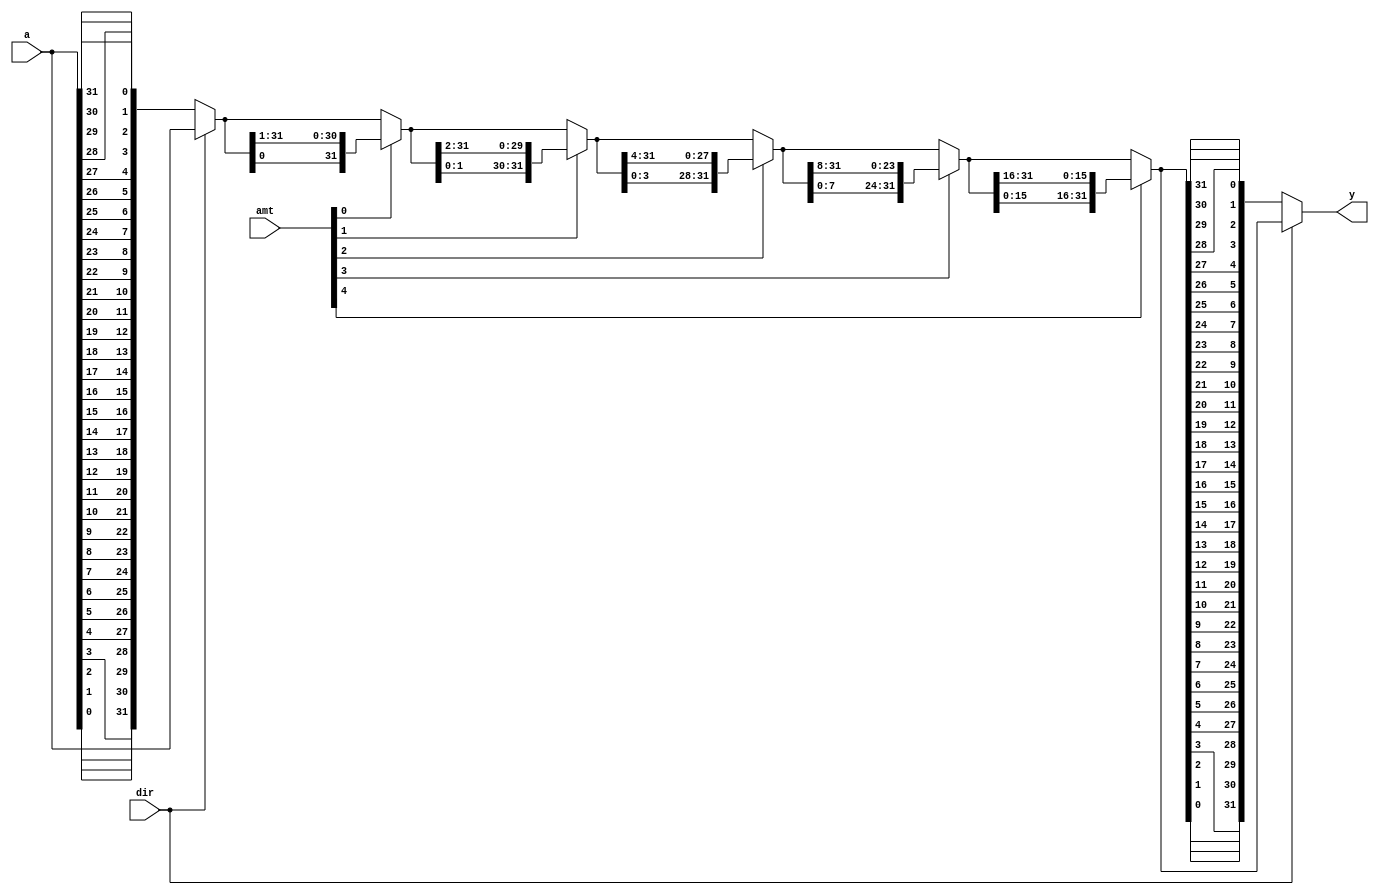
`timescale 1ns / 1ps
//////////////////////////////////////////////////////////////////////////////////
// Company: 
// Engineer: 
// 
// Design Name: 
// Module Name:    multifunction_barrel_shifter_32_bit 
// Project Name: 
// Target Devices: 
// Tool versions: 
// Description: 
//
// Dependencies: 
//
// Revision: 
// Revision 0.01 - File Created
// Additional Comments: 
//
//////////////////////////////////////////////////////////////////////////////////
module multifunction_barrel_shifter_32_bit
 (
   input wire [31:0] a,
   input wire [4:0] amt,
	input wire dir,
   output wire [31:0] y
 );
// si n a l d e c l a r a t i o n
 wire [31:0] s1, s0, s2, s3, s4, b;

// body
 // if direction left......pre reversal of input
 assign b = dir ? a : {a[0],a[1],a[2],a[3],a[4],a[5],a[6],a[7],a[8],a[9],a[10],a[11],a[12],a[13],a[14],a[15],a[16],a[17],a[18],a[19],a[20],a[21],a[22],a[23],a[24],a[25],a[26],a[27],a[28],a[29],a[30],a[31]};
 // s t a g e 0, s h i f t 0 o r 1 b i t
 assign s0 = amt[0] ? {b[0], b[31:1]} : b;
 // s t a g e 1 , s h i f t 0 o r 2 b i t s
 assign s1 = amt[1] ? {s0[1:0] , s0[31:2]} : s0;
 // s t a g e 2, s h i f t 0 o r 4 b i t s
 assign s2 = amt[2] ? {s1[3:0], s1[31:4]} : s1;
 // s t a g e 3, s h i f t 0 o r 8 b i t s
 assign s3 = amt[3] ? {s2[7:0], s2[31:8]} : s2;
  // s t a g e 4, s h i f t 0 o r 16 b i t s
 assign s4 = amt[4] ? {s3[15:0], s3[31:16]} : s3;
 // if direction left .... post-reversal, else same.
 assign y = dir ? s4 : {s4[0],s4[1],s4[2],s4[3],s4[4],s4[5],s4[6],s4[7],s4[8],s4[9],s4[10],s4[11],s4[12],s4[13],s4[14],s4[15],s4[16],s4[17],s4[18],s4[19],s4[20],s4[21],s4[22],s4[23],s4[24],s4[25],s4[26],s4[27],s4[28],s4[29],s4[30],s4[31]}; //** s2[0:7] doesn't work...we should use the same direction in array lsb to msb or msb to lsb as in declaration of array.
 
endmodule